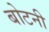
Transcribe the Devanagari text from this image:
बोटनी